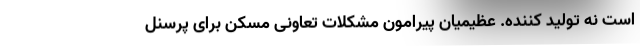
است نه تولید کننده. عظیمیان پیرامون مشکلات تعاونی مسکن برای پرسنل